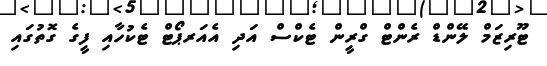
ޓޫރިޒަމް ލޭންޑް ރެންޓް ގްރީން ޓެކްސް އަދި އެއަރޕޯޓް ޓެކުހާއި ފީގެ ގޮތުގައި